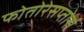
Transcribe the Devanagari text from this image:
फोतोरेसप्तोर्स